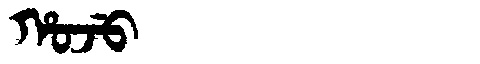
Manchu: ᡥᠣᠵᡠ
Romanization: HOJU